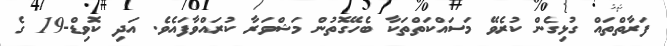
ފަރާތްތައް ގުޅިގެން ކުރެވޭ މަސައްކަތްތަކާ ބެހޭގޮތުން މަޝްވަރާ ކުރައްވާފައެވެ. އަދި ކޮވިޑް-19 ގެ